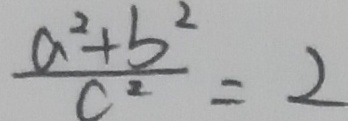
\frac { a ^ { 2 } + b ^ { 2 } } { c ^ { 2 } } = 2